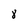
Character: 8